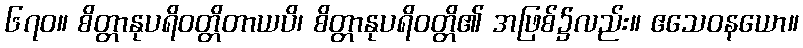
၆၇၀။ စိတ္တာနုပရိဝတ္တိတာယပိ၊ စိတ္တာနုပရိဝတ္တိ၏ အဖြစ်၌လည်း။ ဧသေဝနယော။